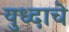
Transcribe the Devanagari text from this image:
युध्दाचे